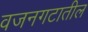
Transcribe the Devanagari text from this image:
वजनगटातील